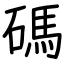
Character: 碼